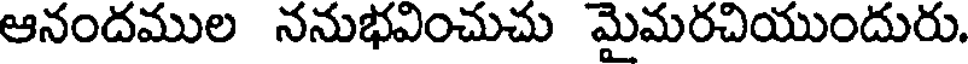
ఆనందముల ననుభవించుచు మైమరచియుందురు.